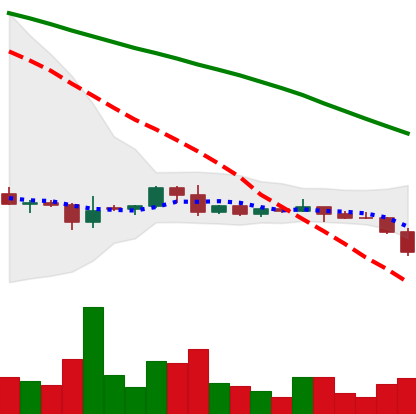
Ticker: DOGE-USD
Chart end date: 2022-06-11
Forward return: -21.269%
Label: down_7plus